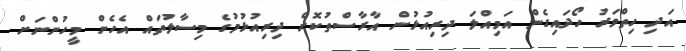
އަދި ހިތްވަރު ހޯދައިގެން އަމިއްލަ ދިރިއުޅުން އާރާސްތުކޮށް ދިރިއުޅުމުގެ މިސާލުތައް އެހެން މީހުންނަށް